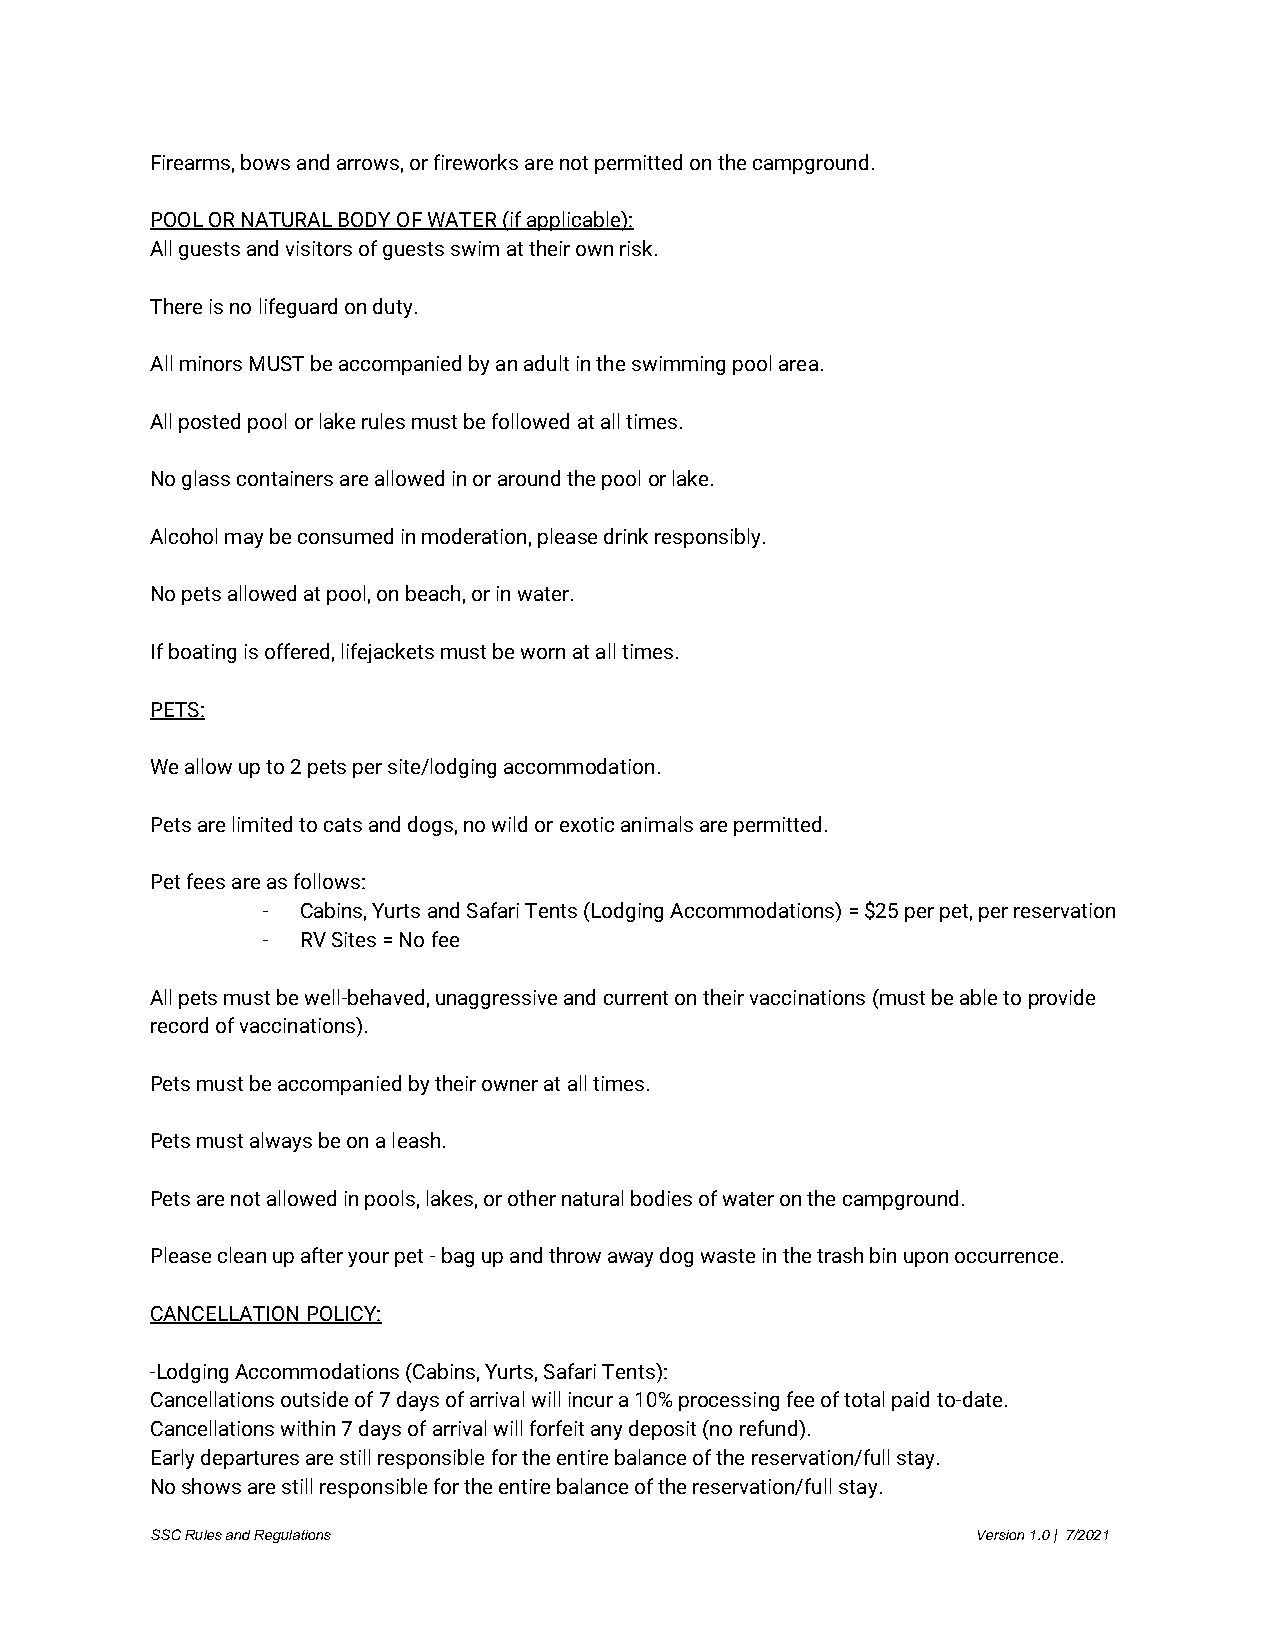
Firearms, bows and arrows, or fireworks are not permitted on the campground.
 POOL OR NATURAL BODY OF WATER (if applicable):
 All guests and visitors of guests swim at their own risk.
 There is no lifeguard on duty.
 All minors MUST be accompanied by an adult in the swimming pool area.
 All posted pool or lake rules must be followed at all times.
 No glass containers are allowed in or around the pool or lake.
 Alcohol may be consumed in moderation, please drink responsibly.
 No pets allowed at pool, on beach, or in water.
 If boating is offered, lifejackets must be worn at all times.
 PETS:
 We allow up to 2 pets per site/lodging accommodation.
 Pets are limited to cats and dogs, no wild or exotic animals are permitted.
 Pet fees are as follows:
 -  Cabins, Yurts and Safari Tents (Lodging Accommodations) = $25 per pet, per reservation
 -  RV Sites = No fee
 All pets must be well-behaved, unaggressive and current on their vaccinations (must be able to provide
 record of vaccinations).
 Pets must be accompanied by their owner at all times.
 Pets must always be on a leash.
 Pets are not allowed in pools, lakes, or other natural bodies of water on the campground.
 Please clean up after your pet - bag up and throw away dog waste in the trash bin upon occurrence.
 CANCELLATION POLICY:
 -Lodging Accommodations (Cabins, Yurts, Safari Tents):
 Cancellations outside of 7 days of arrival will incur a 10% processing fee of total paid to-date.
 Cancellations within 7 days of arrival will forfeit any deposit (no refund).
 Early departures are still responsible for the entire balance of the reservation/full stay.
 No shows are still responsible for the entire balance of the reservation/full stay.
 SSC Rules and Regulations                              Version 1.0 | 7/2021